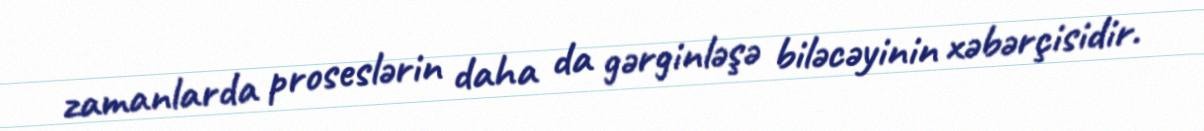
zamanlarda proseslərin daha da gərginləşə biləcəyinin xəbərçisidir.